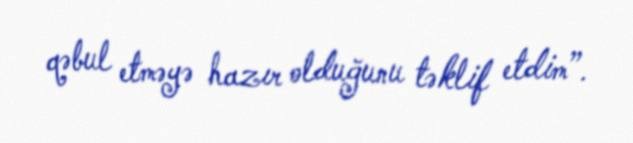
qəbul etməyə hazır olduğunu təklif etdim”.